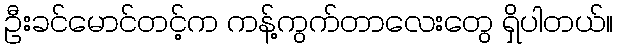
ဦးခင်မောင်တင့်က ကန့်ကွက်တာလေးတွေ ရှိပါတယ်။